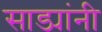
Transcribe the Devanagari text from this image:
साड्यांनी